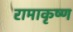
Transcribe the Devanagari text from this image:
रामाकृष्ण